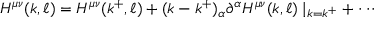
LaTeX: H ^ { \mu \nu } ( k , \ell ) = H ^ { \mu \nu } ( k ^ { + } , \ell ) + ( k - k ^ { + } ) _ { \alpha } \partial ^ { \alpha } H ^ { \mu \nu } ( k , \ell ) \mid _ { k = k ^ { + } } + \cdot \cdot \cdot